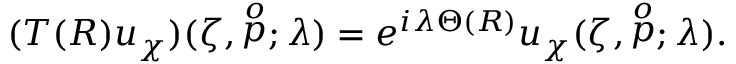
( T ( R ) u _ { \chi } ) ( \zeta , \stackrel { o } { p } ; \lambda ) = e ^ { i \lambda \Theta ( R ) } u _ { \chi } ( \zeta , \stackrel { o } { p } ; \lambda ) .